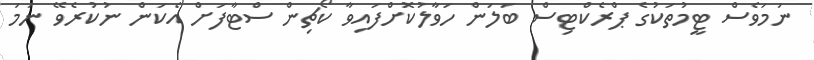
ނަމަވެސް ޓީމުތަކުގެ ޕްރެކްޓިސް ބަލަން ހަވާލުކޮށްފައިވާ ކޯޗިން ސްޓާފަށް އެކަން ނުކުރެވޭ ނަމަ